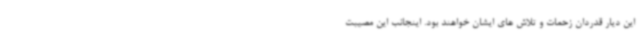
این دیار قدردان زحمات و تلاش های ایشان خواهند بود. اینجانب این مصیبت